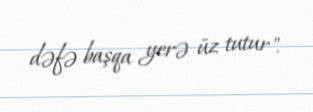
dəfə başqa yerə üz tutur".